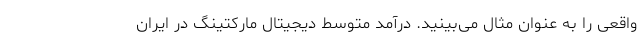
واقعی را به عنوان مثال می‌بینید. درآمد متوسط دیجیتال مارکتینگ در ایران